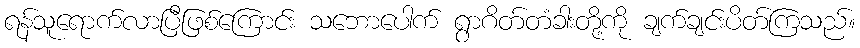
ရန်သူရောက်လာပြီဖြစ်ကြောင်း သဘောပေါက် ရွာဂိတ်တံခါးတို့ကို ချက်ချင်းပိတ်ကြသည်။